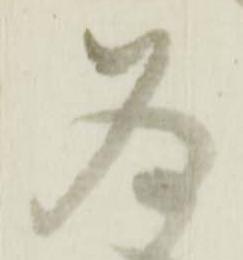
為